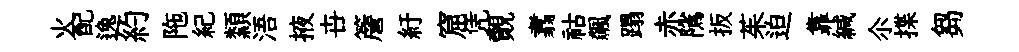
火配逸約陁紀纇浯掖卋簷紆窟凭覿翥祜飆蹋赤隲扳茱迫靠緘尒揲芻